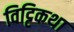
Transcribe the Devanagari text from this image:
विट्टिकथा